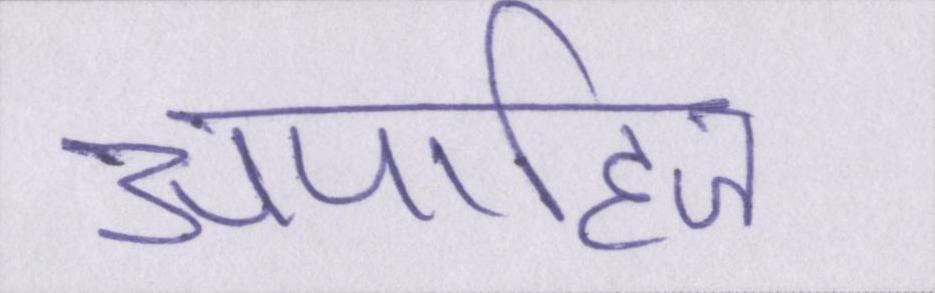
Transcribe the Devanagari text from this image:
अपाहिज